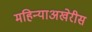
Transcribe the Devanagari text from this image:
महिन्याअखेरीस